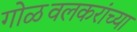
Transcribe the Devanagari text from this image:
गोळवलकरांच्या